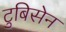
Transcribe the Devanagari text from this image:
टुबिसेन